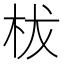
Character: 柭